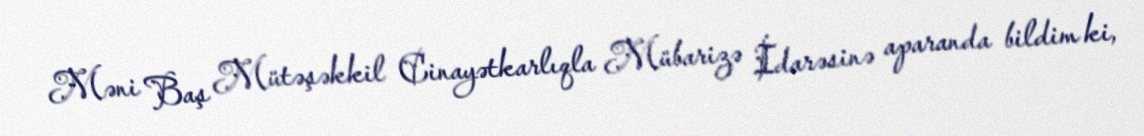
Məni Baş Mütəşəkkil Cinayətkarlıqla Mübarizə İdarəsinə aparanda bildim ki,